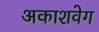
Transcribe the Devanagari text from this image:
अकाशवेग